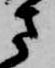
さ